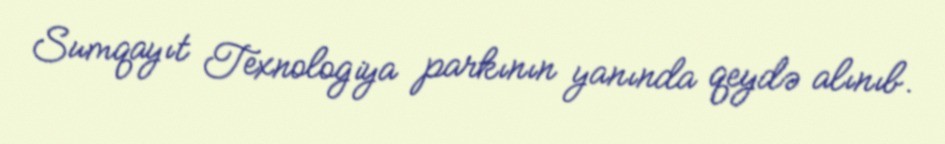
Sumqayıt Texnologiya parkının yanında qeydə alınıb.